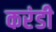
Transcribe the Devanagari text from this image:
करंडी